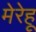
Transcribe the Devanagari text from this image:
मेरेहू